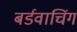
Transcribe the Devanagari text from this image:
बर्डवाचिंग